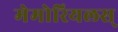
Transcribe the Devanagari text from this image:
मेमोरियलस्